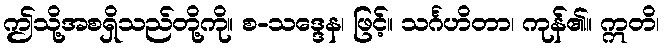
ဤသို့အစရှိသည်တို့ကို။ စ-သဒ္ဒေန၊ ဖြင့်။ သင်္ဂဟိတာ၊ ကုန်၏။ ဣတိ၊